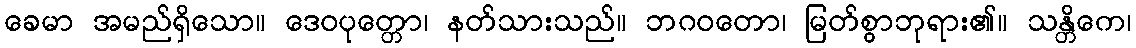
ခေမာ အမည်ရှိသော။ ဒေဝပုတ္တော၊ နတ်သားသည်။ ဘဂဝတော၊ မြတ်စွာဘုရား၏။ သန္တိကေ၊